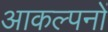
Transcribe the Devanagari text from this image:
आकल्पनों